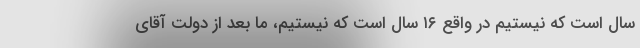
سال است که نیستیم در واقع ۱۶ سال است که نیستیم، ما بعد از دولت آقای